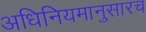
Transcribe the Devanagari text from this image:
अधिनियमानुसारच